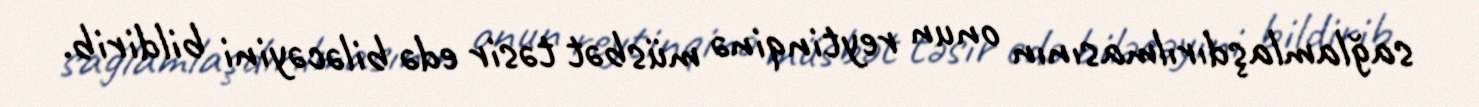
sağlamlaşdırılmasının onun reytinqinə müsbət təsir edə biləcəyini bildirib.